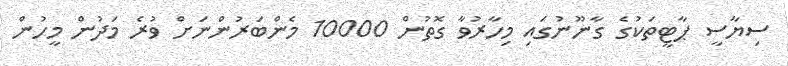
ސިޔާސީ ޕާޓީތަކުގެ ގާނޫނުގައި މިހާރުވާ ގޮތުން 10000 މެންބަރުންނަށް ވުރެ މަދުން މީހުން